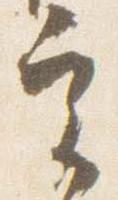
実